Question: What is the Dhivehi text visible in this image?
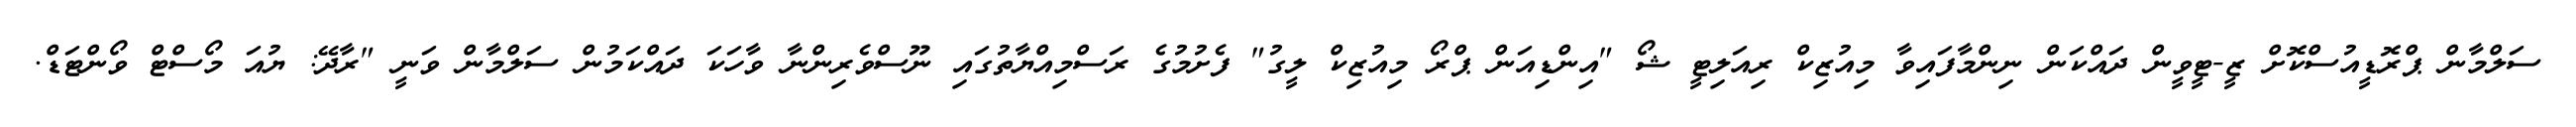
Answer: ސަލްމާން ޕްރޮޑީއުސްކޮށް ޒީ-ޓީވީން ދައްކަން ނިންމާފައިވާ މިއުޒިކް ރިއަލިޓީ ޝޯ "އިންޑިއަން ޕްރޯ މިއުޒިކް ލީގު" ފެށުމުގެ ރަސްމިއްޔާތުގައި ނޫސްވެރިންނާ ވާހަކަ ދައްކަމުން ސަލްމާން ވަނީ "ރާދޭ: ޔުއަ މޯސްޓް ވޯންޓަޑް.